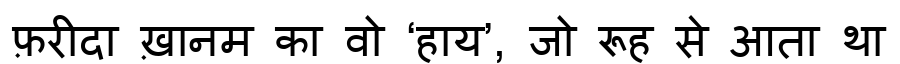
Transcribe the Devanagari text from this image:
फ़रीदा ख़ानम का वो ‘हाय’, जो रूह से आता था